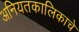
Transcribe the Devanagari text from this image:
अनियतकालिकाचे